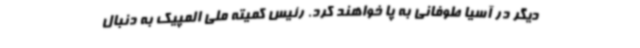
دیگر در آسیا طوفانی به پا خواهند کرد. رئیس کمیته ملی المپیک به دنبال